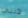
لأنني